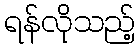
ရန်လိုသည့်